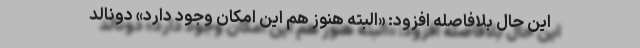
این حال بلافاصله افزود: «البته هنوز هم این امکان وجود دارد» دونالد